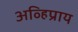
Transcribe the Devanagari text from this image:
अव्हिप्राय